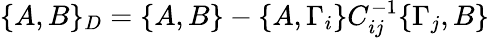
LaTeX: \{ A,B\} _{D}=\{ A,B\} -\{ A,\Gamma_{i}\} C_{ij}^{-1}\{ \Gamma_{j},B\}